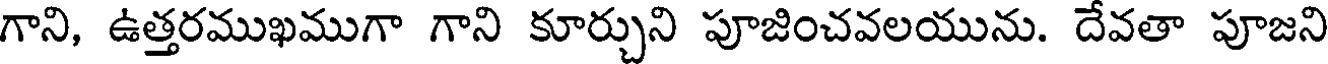
గాని, ఉత్తరముఖముగా గాని కూర్చుని పూజించవలయును. దేవతా పూజని